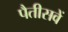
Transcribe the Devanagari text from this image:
पैतीसवें